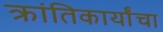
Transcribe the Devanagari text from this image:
क्रांतिकार्यांचा